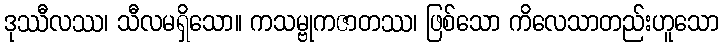
ဒုဿီလဿ၊ သီလမရှိသော။ ကသမ္ဗုကဇာတဿ၊ ဖြစ်သော ကိလေသာတည်းဟူသော